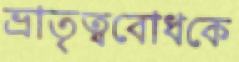
ভ্রাতৃত্ববোধকে